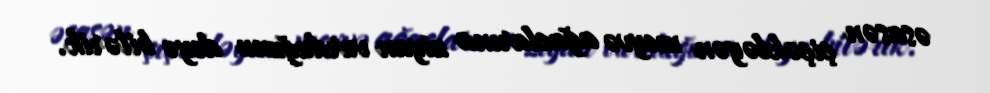
əsasən çiçəkləyən meyvə ağaclarına ziyan vurduğunu deyə bilərik.